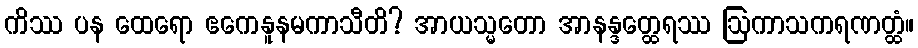
ကိဿ ပန ထေရော ဧကေနူနမကာသီတိ? အာယသ္မတော အာနန္ဒတ္ထေရဿ ဩကာသကရဏတ္ထံ။